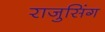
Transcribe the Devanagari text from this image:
राजुसिंग